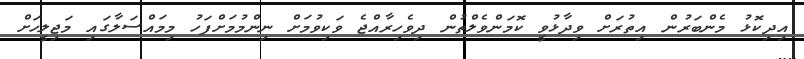
އިދިކޮޅު މެންބަރުން އިތުރަށް ވިދާޅުވީ ކޮމަންވެލްތުން ދިވެހިރާއްޖެ ވަކިވުމަށް ނިންމުމަށްފަހު މިމައްސަލާގައި މަޖިލީހަށް